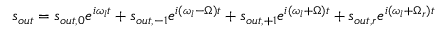
s _ { o u t } = s _ { o u t , 0 } e ^ { i \omega _ { l } t } + s _ { o u t , - 1 } e ^ { i ( \omega _ { l } - \Omega ) t } + s _ { o u t , + 1 } e ^ { i ( \omega _ { l } + \Omega ) t } + s _ { o u t , r } e ^ { i ( \omega _ { l } + \Omega _ { r } ) t }